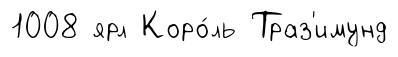
1008 ярл Коро́ль Траз'имунд